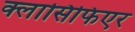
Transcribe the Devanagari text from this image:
क्लासिफिएर